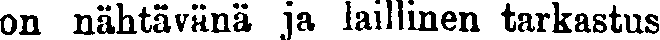
on nähtävänä ja laillinen tarkastus